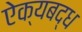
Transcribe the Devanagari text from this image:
ऐक्यबद्ध